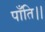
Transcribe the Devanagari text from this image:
पाँति।।